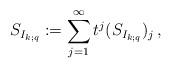
LaTeX: \begin{align*}S_{I_{k;q}}:=\sum_{j=1}^{\infty}t^j(S_{I_{k;q}})_j\,,\end{align*}